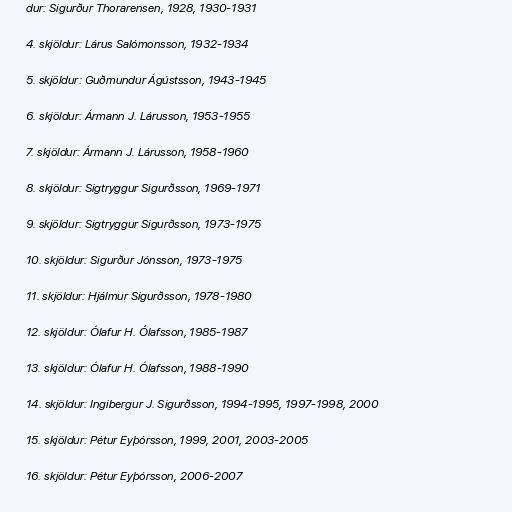
dur: Sigurður Thorarensen, 1928, 1930-1931

4. skjöldur: Lárus Salómonsson, 1932-1934

5. skjöldur: Guðmundur Ágústsson, 1943-1945

6. skjöldur: Ármann J. Lárusson, 1953-1955

7. skjöldur: Ármann J. Lárusson, 1958-1960

8. skjöldur: Sigtryggur Sigurðsson, 1969-1971

9. skjöldur: Sigtryggur Sigurðsson, 1973-1975

10. skjöldur: Sigurður Jónsson, 1973-1975

11. skjöldur: Hjálmur Sigurðsson, 1978-1980

12. skjöldur: Ólafur H. Ólafsson, 1985-1987

13. skjöldur: Ólafur H. Ólafsson, 1988-1990

14. skjöldur: Ingibergur J. Sigurðsson, 1994-1995, 1997-1998, 2000

15. skjöldur: Pétur Eyþórsson, 1999, 2001, 2003-2005

16. skjöldur: Pétur Eyþórsson, 2006-2007